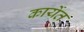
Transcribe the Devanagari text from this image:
कार्येत